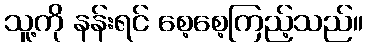
သူ့ကို နန်းရင် စေ့စေ့ကြည့်သည်။